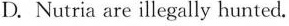
D. Nutria are illegally hunted.